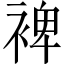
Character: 裨